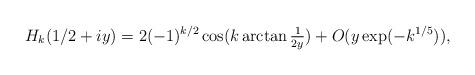
LaTeX: \begin{align*} H_k(1/2+iy) = 2 (-1)^{k/2} \cos(k \arctan \tfrac{1}{2y}) + O(y\exp(-k^{1/5})),\end{align*}